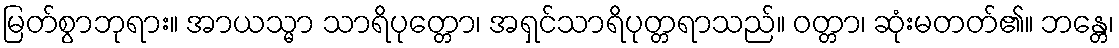
မြတ်စွာဘုရား။ အာယသ္မာ သာရိပုတ္တော၊ အရှင်သာရိပုတ္တရာသည်။ ဝတ္တာ၊ ဆုံးမတတ်၏။ ဘန္တေ၊